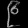
Digit: ၉